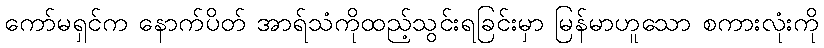
ကော်မရှင်က နောက်ပိတ် အာရ်သံကိုထည့်သွင်းရခြင်းမှာ မြန်မာဟူသော စကားလုံးကို